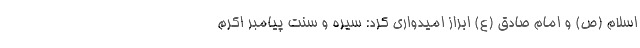
اسلام (ص) و امام صادق (ع) ابراز امیدواری کرد: سیره و سنت پیامبر اکرم